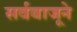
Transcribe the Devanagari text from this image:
सर्वबाजूने